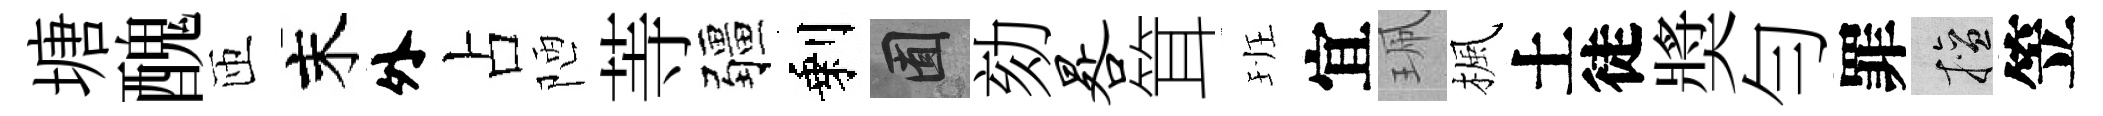
塘醜匝末外占陋䓁疆剩囿劾晷䇯班宜珮楓土徒奬勻罪擅笠